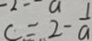
c = 2 - \frac { 1 } { a }